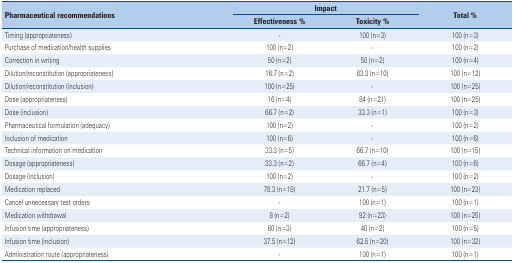
<table><thead><tr><td rowspan="2"><b>Pharmaceutical recommendations</b></td><td colspan="2"><b>Impact</b></td><td rowspan="2"><b>Total %</b></td></tr><tr><td><b>Effectiveness %</b></td><td><b>Toxicity %</b></td></tr></thead><tbody><tr><td>Timing (appropriateness)</td><td>-</td><td>100 (n=3)</td><td>100 (n=3)</td></tr><tr><td>Purchase of medication/health supplies</td><td>100 (n=2)</td><td>-</td><td>100 (n=2)</td></tr><tr><td>Correction in writing</td><td>50 (n=2)</td><td>50 (n=2)</td><td>100 (n=4)</td></tr><tr><td>Dilution/reconstitution (appropriateness)</td><td>16.7 (n=2)</td><td>83.3 (n=10)</td><td>100 (n=12)</td></tr><tr><td>Dilution/reconstitution (inclusion)</td><td>100 (n=25)</td><td>-</td><td>100 (n=25)</td></tr><tr><td>Dose (appropriateness)</td><td>16 (n=4)</td><td>84 (n=21)</td><td>100 (n=25)</td></tr><tr><td>Dose (inclusion)</td><td>66.7 (n=2)</td><td>33.3 (n=1)</td><td>100 (n=3)</td></tr><tr><td>Pharmaceutical formulation (adequacy)</td><td>100 (n=2)</td><td>-</td><td>100 (n=2)</td></tr><tr><td>Inclusion of medication</td><td>100 (n=6)</td><td>-</td><td>100 (n=6)</td></tr><tr><td>Technical information on medication</td><td>33.3 (n=5)</td><td>66.7 (n=10)</td><td>100 (n=15)</td></tr><tr><td>Dosage (appropriateness)</td><td>33.3 (n=2)</td><td>66.7 (n=4)</td><td>100 (n=6)</td></tr><tr><td>Dosage (inclusion)</td><td>100 (n=2)</td><td>-</td><td>100 (n=2)</td></tr><tr><td>Medication replaced</td><td>78.3 (n=18)</td><td>21.7 (n=5)</td><td>100 (n=23)</td></tr><tr><td>Cancel unnecessary test orders</td><td>-</td><td>100 (n=1)</td><td>100 (n=1)</td></tr><tr><td>Medication withdrawal</td><td>8 (n=2)</td><td>92 (n=23)</td><td>100 (n=25)</td></tr><tr><td>Infusion time (appropriateness)</td><td>60 (n=3)</td><td>40 (n=2)</td><td>100 (n=5)</td></tr><tr><td>Infusion time (inclusion)</td><td>37.5 (n=12)</td><td>62.5 (n=20)</td><td>100 (n=32)</td></tr><tr><td>Administration route (appropriateness)</td><td>-</td><td>100 (n=1)</td><td>100 (n=1)</td></tr></tbody></table>